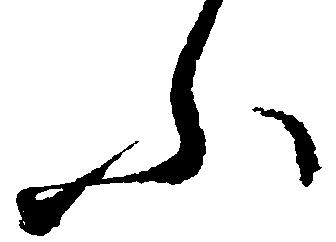
ふ